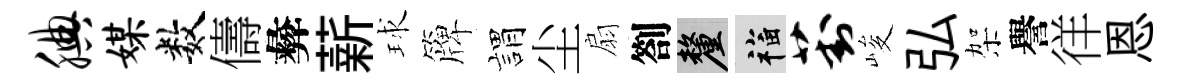
腆媒数儔彜薪球簰娟尘扇劄厘福葑峻弘架譽徉恩